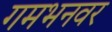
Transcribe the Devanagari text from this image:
गमभनवर